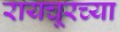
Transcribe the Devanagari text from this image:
रायचूरच्या